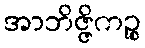
အာဘိဇ္ဇိကဉ္စ